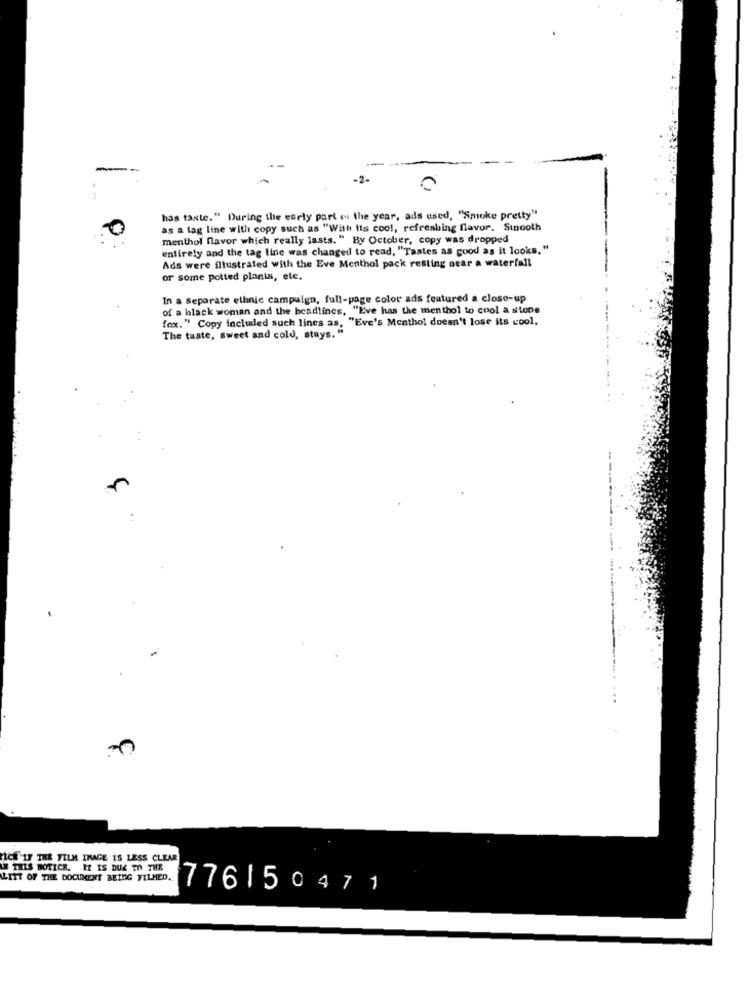
-2-
--
has taste." During the early part of the year, ads used, "Smoke pretty"
as a tag line with copy such as "With its cool, refreshing flavor. Stnooth
menthol flavor which really lasts. " By October, copy was dropped
entirely and the tag line was changed to read, "Tastes as good as it looks."
Ads were illustrated with the Eve Menthol pack resting near a waterfall
or some potted plants, etc.
In a separate ethnic campaign, full-page color ads featured a close-up
of a black woman and the headlines, "Eve has the menthol to cool a stone
fox." Copy included such lines as, "Eve's Menthol doesn't lose its cool.
The taste, sweet and cold, stays. "
FICA 'IF THE FILM IMAGE IS LESS CLEAR
UN THIS NOTICE. IT IS DUE TO THE
LITT OF THE DOCUMENT BEING FILMED.
776150471